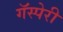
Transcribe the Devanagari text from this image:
गॅस्पेरी